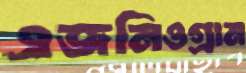
এজনিওগ্রাম